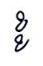
ខ្ខ